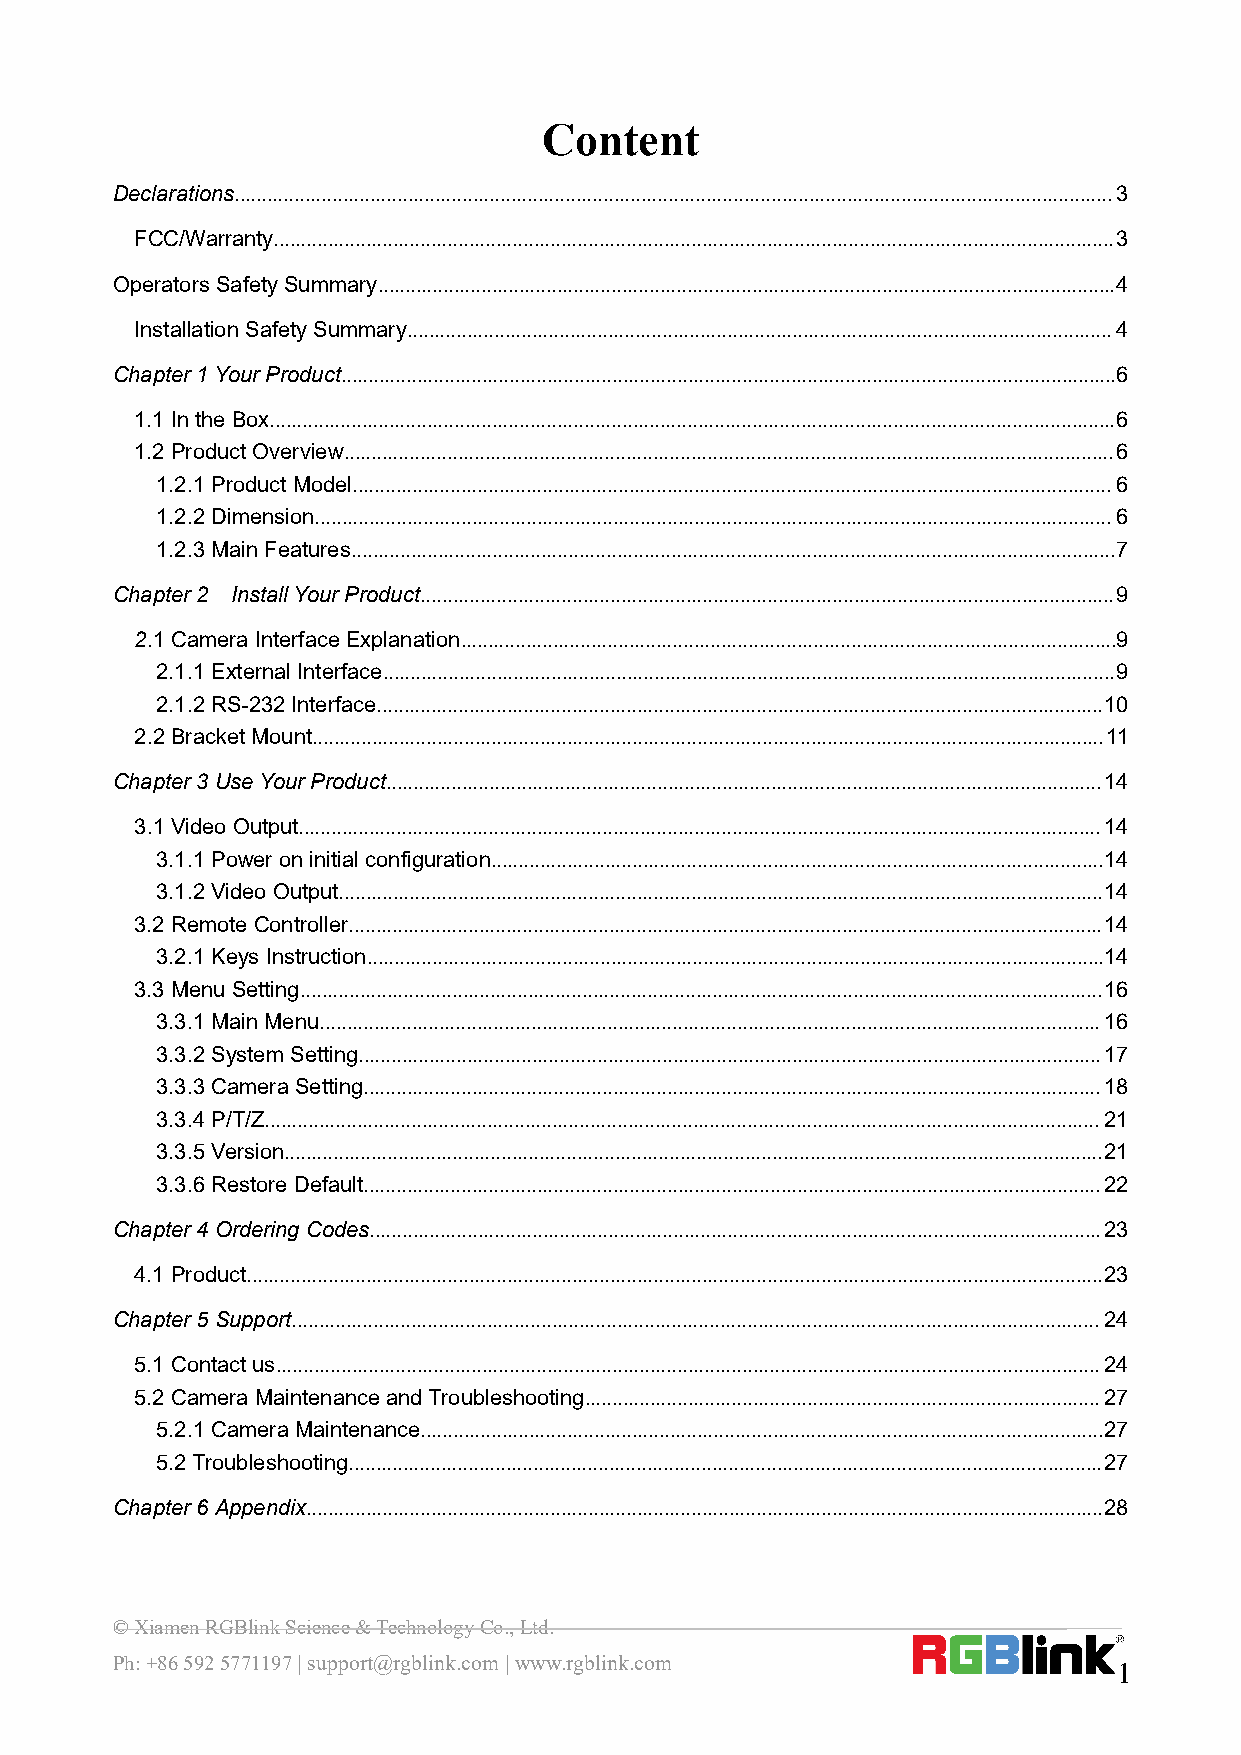
Content
 Declarations..................................................................................................................................................................3
 FCC/Warranty...........................................................................................................................................................3
 OperatorsSafetySummary........................................................................................................................................4
 Installation SafetySummary..................................................................................................................................4
 Chapter1Your Product...............................................................................................................................................6
 1.1 Inthe Box............................................................................................................................................................6
 1.2 ProductOverview..............................................................................................................................................6
 1.2.1 ProductModel............................................................................................................................................6
 1.2.2 Dimension...................................................................................................................................................6
 1.2.3 MainFeatures.............................................................................................................................................7
 Chapter2 InstallYourProduct................................................................................................................................9
 2.1Camera InterfaceExplanation.........................................................................................................................9
 2.1.1 ExternalInterface.......................................................................................................................................9
 2.1.2 RS-232 Interface......................................................................................................................................10
 2.2BracketMount..................................................................................................................................................11
 Chapter3UseYour Product....................................................................................................................................14
 3.1Video Output....................................................................................................................................................14
 3.1.1 Power oninitial configuration.................................................................................................................14
 3.1.2 VideoOutput.............................................................................................................................................14
 3.2 Remote Controller...........................................................................................................................................14
 3.2.1 Keys Instruction........................................................................................................................................14
 3.3 MenuSetting....................................................................................................................................................16
 3.3.1 MainMenu................................................................................................................................................16
 3.3.2 System Setting.........................................................................................................................................17
 3.3.3 CameraSetting........................................................................................................................................18
 3.3.4 P/T/Z..........................................................................................................................................................21
 3.3.5 Version.......................................................................................................................................................21
 3.3.6 Restore Default........................................................................................................................................22
 Chapter4Ordering Codes.......................................................................................................................................23
 4.1 Product..............................................................................................................................................................23
 Chapter5Support.....................................................................................................................................................24
 5.1 Contactus........................................................................................................................................................24
 5.2 Camera MaintenanceandTroubleshooting...............................................................................................27
 5.2.1 CameraMaintenance..............................................................................................................................27
 5.2Troubleshooting...........................................................................................................................................27
 Chapter6Appendix...................................................................................................................................................28
 ©XiamenRGBlinkScience&TechnologyCo.,Ltd.
 Ph:+865925771197|support@rgblink.com|www.rgblink.com
 1